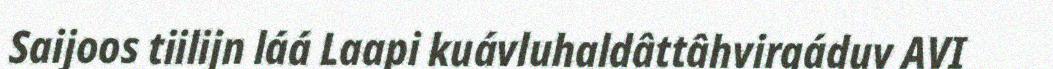
Saijoos tiilijn láá Laapi kuávluhaldâttâhvirgáduv AVI